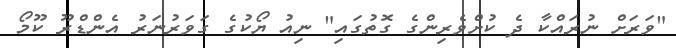
"ވަރަށް ނުރައްކާ ދެ ކުށްވެރިންގެ ގޮތުގައި" ނިއު ޔޯކުގެ ގަވަރުނަރު އެންޑްރޫ ކޫމޯ